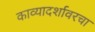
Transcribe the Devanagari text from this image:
काव्यादर्शावरचा